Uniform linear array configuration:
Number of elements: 12
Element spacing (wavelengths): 0.5
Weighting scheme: exponential
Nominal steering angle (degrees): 15
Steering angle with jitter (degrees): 14.998
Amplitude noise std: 0.05
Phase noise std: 0.05

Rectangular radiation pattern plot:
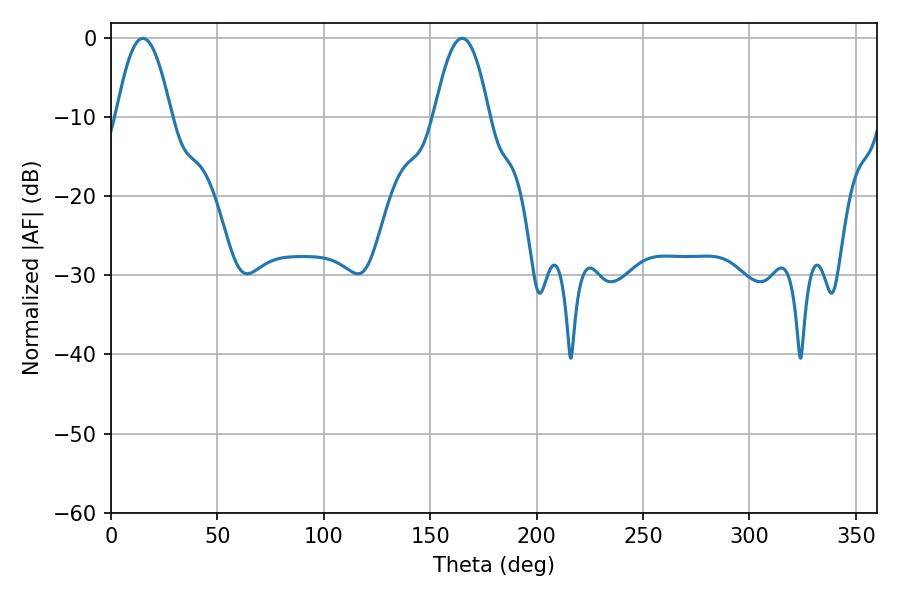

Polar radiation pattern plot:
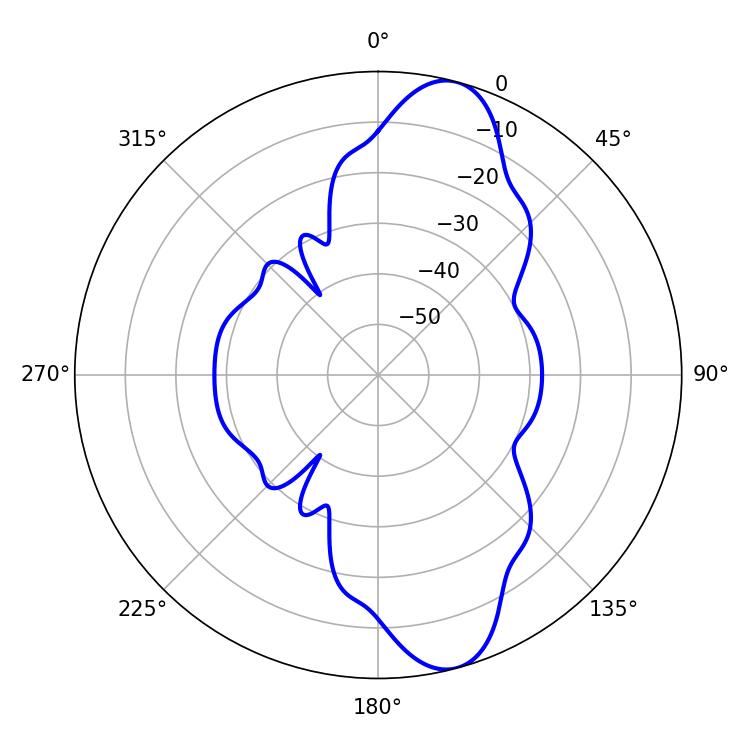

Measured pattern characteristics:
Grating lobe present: FALSE
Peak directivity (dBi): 11.27
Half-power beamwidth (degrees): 14.04
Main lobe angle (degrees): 14.94